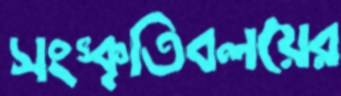
সংস্কৃতিবলয়ের